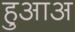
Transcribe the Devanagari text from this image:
हुआअ